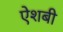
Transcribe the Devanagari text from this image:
ऐशबी